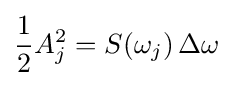
{\frac {1}{2}}A_{j}^{2}=S(\omega _{j})\,\Delta \omega